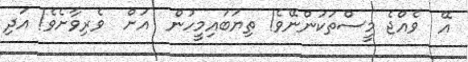
އޭ  ވެއްޖެ މީސްތަކުންނޭވެ! ތިޔަބައިމީހުން  އަށް  ވެރިވާށެވެ! އަދި